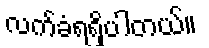
လက်ခံရရှိပါတယ်။